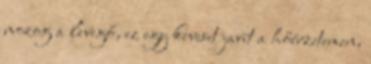
mozog a levegő, ez egy keveset javít a hőérzetemen,